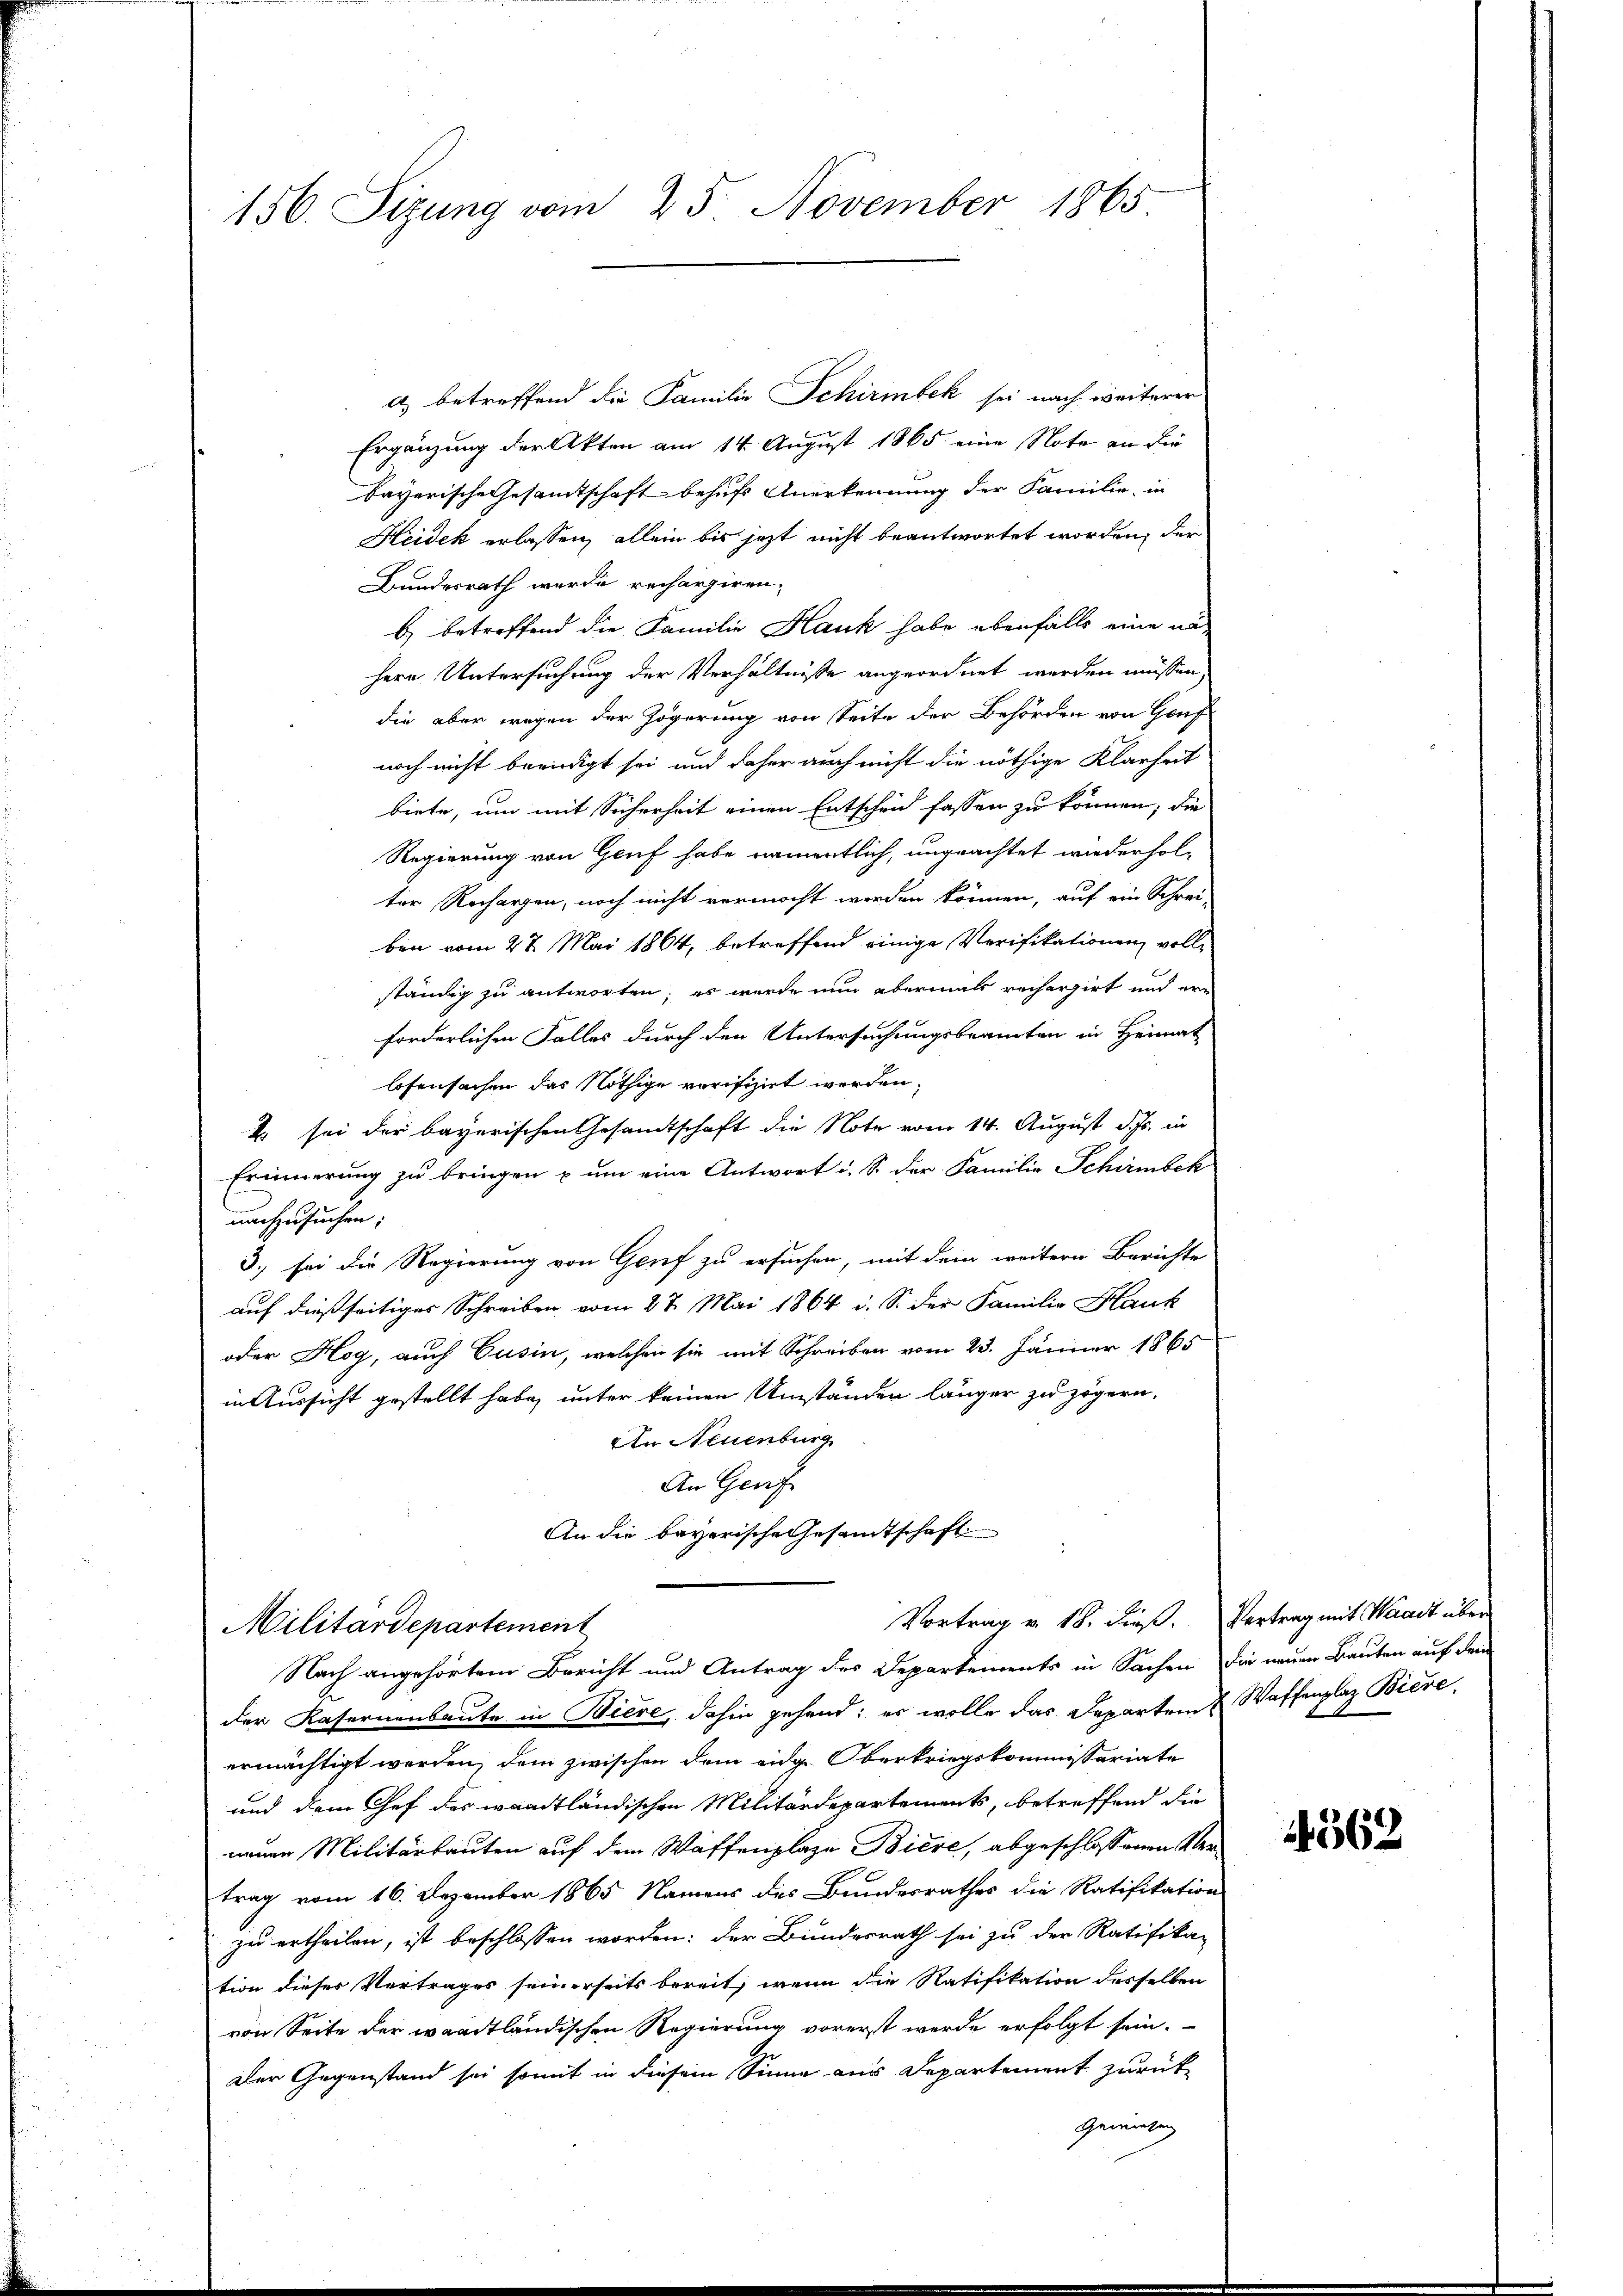
156. Sizung vom 25. November 1865

a) betreffend die Familie Schirmbek sei nach weiterer
Ergänzung der Akten am 14. August 1865 eine Note an die
bayerische Gesamtschaft behufs Anerkennung der Familie, in
Heidek erlassen, allein bis jetzt nicht beantwortet worden, der
Bundesrath wurde rechargiren.
b) betreffend die Familie Hauk habe ebenfalls eine näh
hern Untersuchung der Verhältnisse angeordnet werden müssen
die aber wegen der Zögerung von Seite der Behörden von Hauf
noch nicht beredigt sei und daher auch nicht die nöthige Klarheit
biete, um mit Sicherheit einen Entscheid fassen zu können, die
Regierung von Genf habe namentlich, ungeachtet wiederhol-
ter Rechargen, noch nicht vermacht werden können, auf ein Schrei-
ben vom 27. Mai 1864, betreffend einige Verifikationen vollständig zu antworten; es wurde nun abermals rechargirt und erforderlichen Falles durch den Untersuchungsbeamten in Heimat
losensachen das Nöthige verifizirt werden,
E sei der bayerischen Gesamtschaft die Note vom 14. August d. Js. in
Erinnerung zu bringen u um eine Antwort u. S. der Familie Schirmbeck
nachzusuchen;
3.) sei die Regierung von Genf zu ersuchen, mit dem weitern Berichte
auf dießseitiges Schreiben vom 27. Mai 1864 i. S. der Familie Hank
oder Hog, auch Cusin, welchen sie mit Schreiben vom 23. Jänner 1865
in Aussicht gestellt habe, unter keinen Umständen länger zu zögern,
An Neuenburg
An Genf
An die bayerische Gesandtschaft
Vortrag v. 18. dieß. Vertrag mit Waadt über
Militärdepartement
Nach angehörtem Bericht und Antrag des Departements in Sachen die neuen Bauten auf dem
der Kasernenbaute in Biere, dahin gehend; es wolle das Departen & Waffenplaz Biere
ermächtigt werden, dem zwischen dem ange Oberkriegskommissariate
und dem Chef des waadtländischen Militärdepartements, betreffend die
neuen Militärbauten auf dem Waffenplaze Biere, abgeschlossenen Vertrag vom 16. Dezember 1865 Namens des Bundesrathes die Ratifikation
zu ertheilen, ist beschlossen worden: der Bundesrath sei zu der Ratifika-
tion dieser Vertrages seinerseits bereit, wenn die Ratifikation desselben
von Seite der waadtländischen Regierung vorerst werde erfolgt sein.
Der Gegenstand sei somit in diesem Sinne aus Departement zurück-
Gemüsen

14562